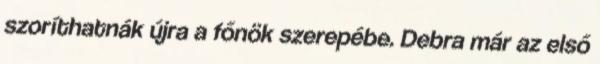
szoríthatnák újra a főnök szerepébe. Debra már az első